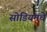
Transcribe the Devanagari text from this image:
सोडियमचे